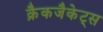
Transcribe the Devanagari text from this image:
क्रैकजैकेट्स